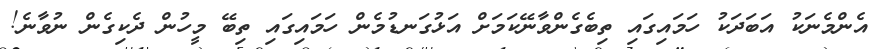
އެންމެނަކު އަބަދަކު ހަމައިގައި ތިބެގެންވާނޭކަމަށް އަޅުގަނޑުމެން ހަމައިގައި ތިބޭ މީހުން ދެކިގެން ނުވާނެ!